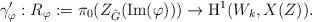
LaTeX: \begin{align*}\gamma_{\varphi}^{\prime}:R_{\varphi}:=\pi_{0}(Z_{\hat{G}}(\mbox{Im}(\varphi)))\rightarrow\mbox{H}^{1}(W_{k},X(Z)).\end{align*}